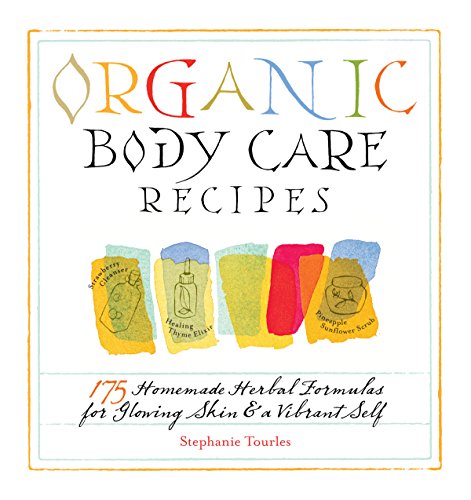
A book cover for Organic Body Care Recipes: 175 Homemade Herbal Formulas for Glowing Skin & a Vibrant Self; Stephanie L. Tourles; Cookbooks, Food & Wine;